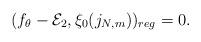
LaTeX: \begin{align*}(f_{\theta}-\mathcal{E}_2, \xi_0(j_{N,m}))_{reg}=0.\end{align*}